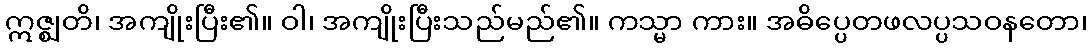
ဣဇ္ဈတိ၊ အကျိုးပြီး၏။ ဝါ၊ အကျိုးပြီးသည်မည်၏။ ကသ္မာ ကား။ အဓိပ္ပေတဖလပ္ပသဝနတော၊